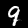
Digit: 9